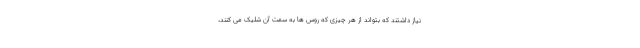
نیاز داشتند که بتواند از هر چیزی که روس ها به سمت آن شلیک می کنند،